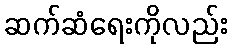
ဆက်ဆံရေးကိုလည်း